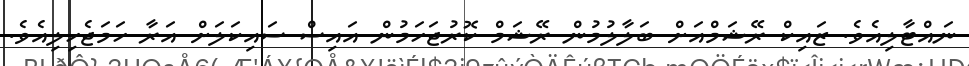
ނައްޓާލިއެވެ. ޒައިކް ރޭޝަމްއަށް ބަލާލުމުން ރޭޝަމް ކޮރުޖަހަމުން އައިސް ސައިކަލަށް އަރާ ހަމަޖެހިލިއެވެ.